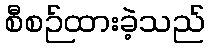
စီစဉ်ထားခဲ့သည်